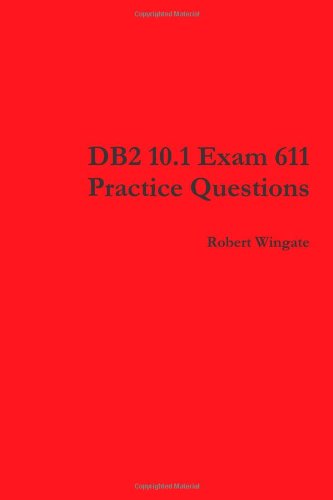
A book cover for DB2 10.1 Exam 611 Practice Questions; Robert Wingate; Computers & Technology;